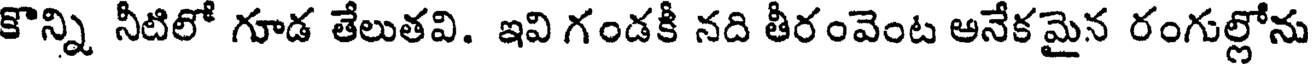
కొన్ని నీటిలో గూడ తేలుతవి. ఇవి గండకీ నది తీరంవెంట ఆనేకమైన రంగుల్లోను